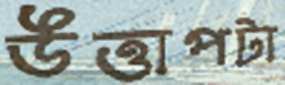
উত্তাপটা